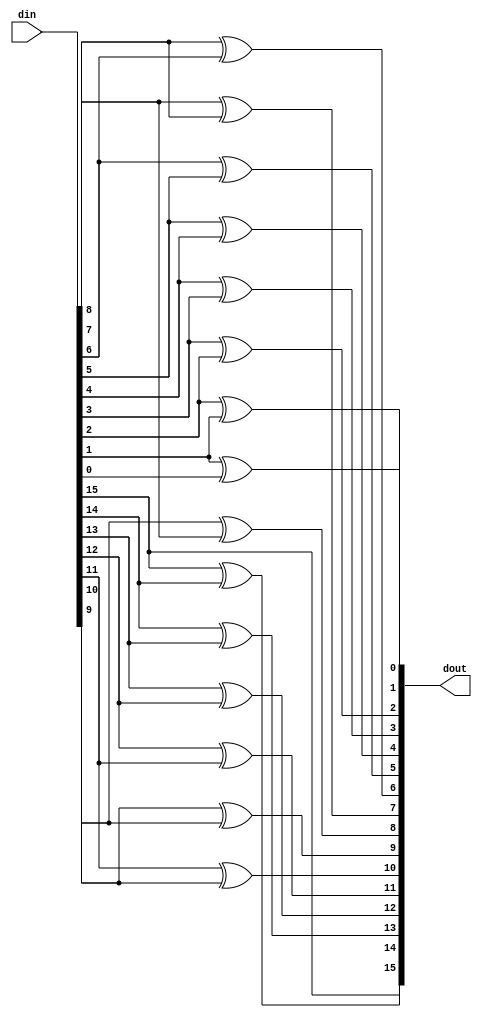
module GtoB_MOD#(parameter width = 16)
(
    input       [width-1:0] din,
    output reg  [width-1:0] dout
);

integer i;
always @(*)
 begin

  dout[width-1] = din[width-1];

    for(i=width; i>1; i=i-1)
     begin
            dout[i-2] = din[i-1]^din[i-2];
     end
    
end
endmodule